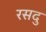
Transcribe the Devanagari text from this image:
रसदु